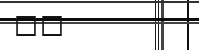
٣٥